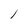
Character: l